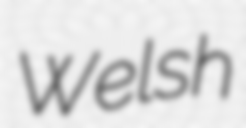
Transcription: Welsh